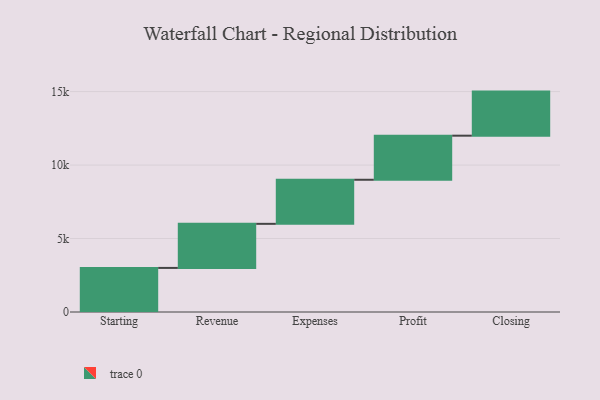
{"axis": {"x": "Step", "y": "Value"}, "legend": [""], "data": [{"x": "Starting", "y": 3000, "type": ""}, {"x": "Revenue", "y": 3000, "type": ""}, {"x": "Expenses", "y": 3000, "type": ""}, {"x": "Profit", "y": 3000, "type": ""}, {"x": "Closing", "y": 3000, "type": ""}]}